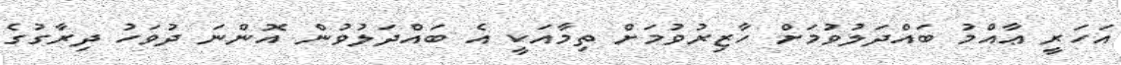
އަހަރީ ޢާއްމު ބައްދަލުވުމަށް ހާޒިރުވުމަށް ތިމާއަކީ އެ ބައްދަލުވުން އޮންނަ ދުވަހު ދިރާގުގެ